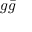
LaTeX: g { \bar { g } }